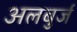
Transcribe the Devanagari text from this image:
अलबुर्ज